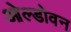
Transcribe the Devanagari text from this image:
ओल्डोवन